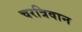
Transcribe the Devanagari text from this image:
चरत्रिवान